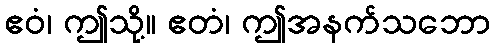
ဧဝံ၊ ဤသို့။ ဧတံ၊ ဤအနက်သဘော